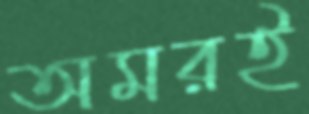
অমরই